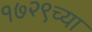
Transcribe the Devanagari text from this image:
१७२९च्या